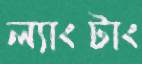
ল্যাংটাং